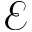
\mathcal { E }